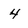
Character: 4